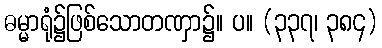
ဓမ္မာရုံ၌ဖြစ်သောတဏှာ၌။ ပ။ (၃၃၇၊ ၃၈၄)